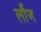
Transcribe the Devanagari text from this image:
लौंज